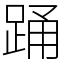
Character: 踊